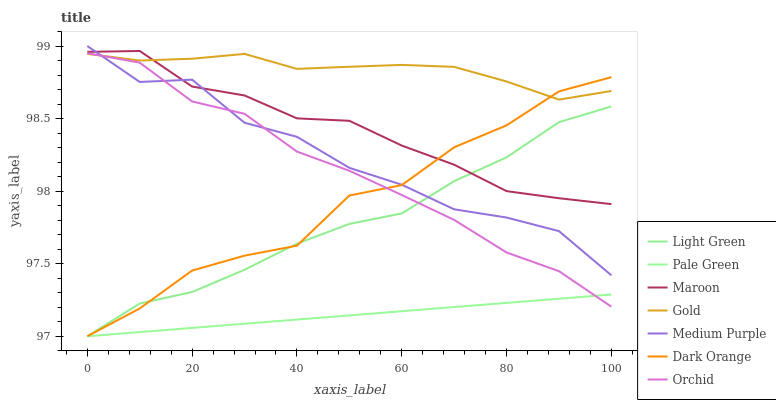
| xaxis_label | Light Green | Pale Green | Maroon | Gold | Medium Purple | Dark Orange | Orchid |
 | --- | --- | --- | --- | --- | --- | --- | --- |
 | 0 | 97 | 97 | 99 | 98.9 | 99 | 97 | 99 |
 | 10 | 97.2 | 97 | 99 | 98.9 | 98.8 | 97.2 | 98.9 |
 | 20 | 97.3 | 97.1 | 98.7 | 98.9 | 98.8 | 97.5 | 98.6 |
 | 30 | 97.5 | 97.1 | 98.7 | 98.9 | 98.5 | 97.6 | 98.5 |
 | 40 | 97.6 | 97.1 | 98.5 | 98.8 | 98.4 | 97.6 | 98.3 |
 | 50 | 97.8 | 97.1 | 98.5 | 98.9 | 98.2 | 98 | 98.1 |
 | 60 | 97.8 | 97.2 | 98.3 | 98.9 | 98 | 98 | 98 |
 | 70 | 98.1 | 97.2 | 98.2 | 98.9 | 97.9 | 98.3 | 97.8 |
 | 80 | 98.2 | 97.2 | 98 | 98.8 | 97.8 | 98.5 | 97.6 |
 | 90 | 98.5 | 97.3 | 98 | 98.6 | 97.7 | 98.7 | 97.4 |
 | 100 | 98.6 | 97.3 | 97.9 | 98.7 | 97.4 | 98.8 | 97.2 |